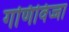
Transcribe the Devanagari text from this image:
गणिविज्जा